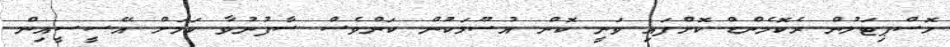
ހޮސްޕިޓަލުން ރެކޮމެންޑް ކޮށްފައި ވަނީ ކޮން އުސޫލަކުން ކަންވެސް ސާފުނުވާ ކަމަށް އޭސީސީއިން